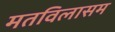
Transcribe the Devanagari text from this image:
मतविलासम